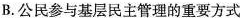
B.公民参与基层民主管理的重要方式